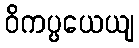
ဝိကပ္ပယေယျ